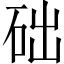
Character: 础